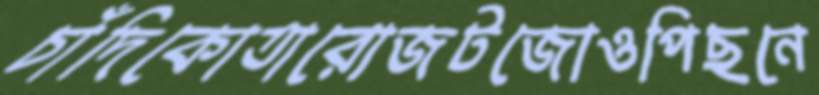
চাঁদিকোতারোজটজোওপিছনে